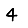
Digit: 4